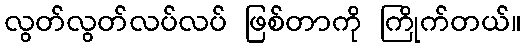
လွတ်လွတ်လပ်လပ် ဖြစ်တာကို ကြိုက်တယ်။